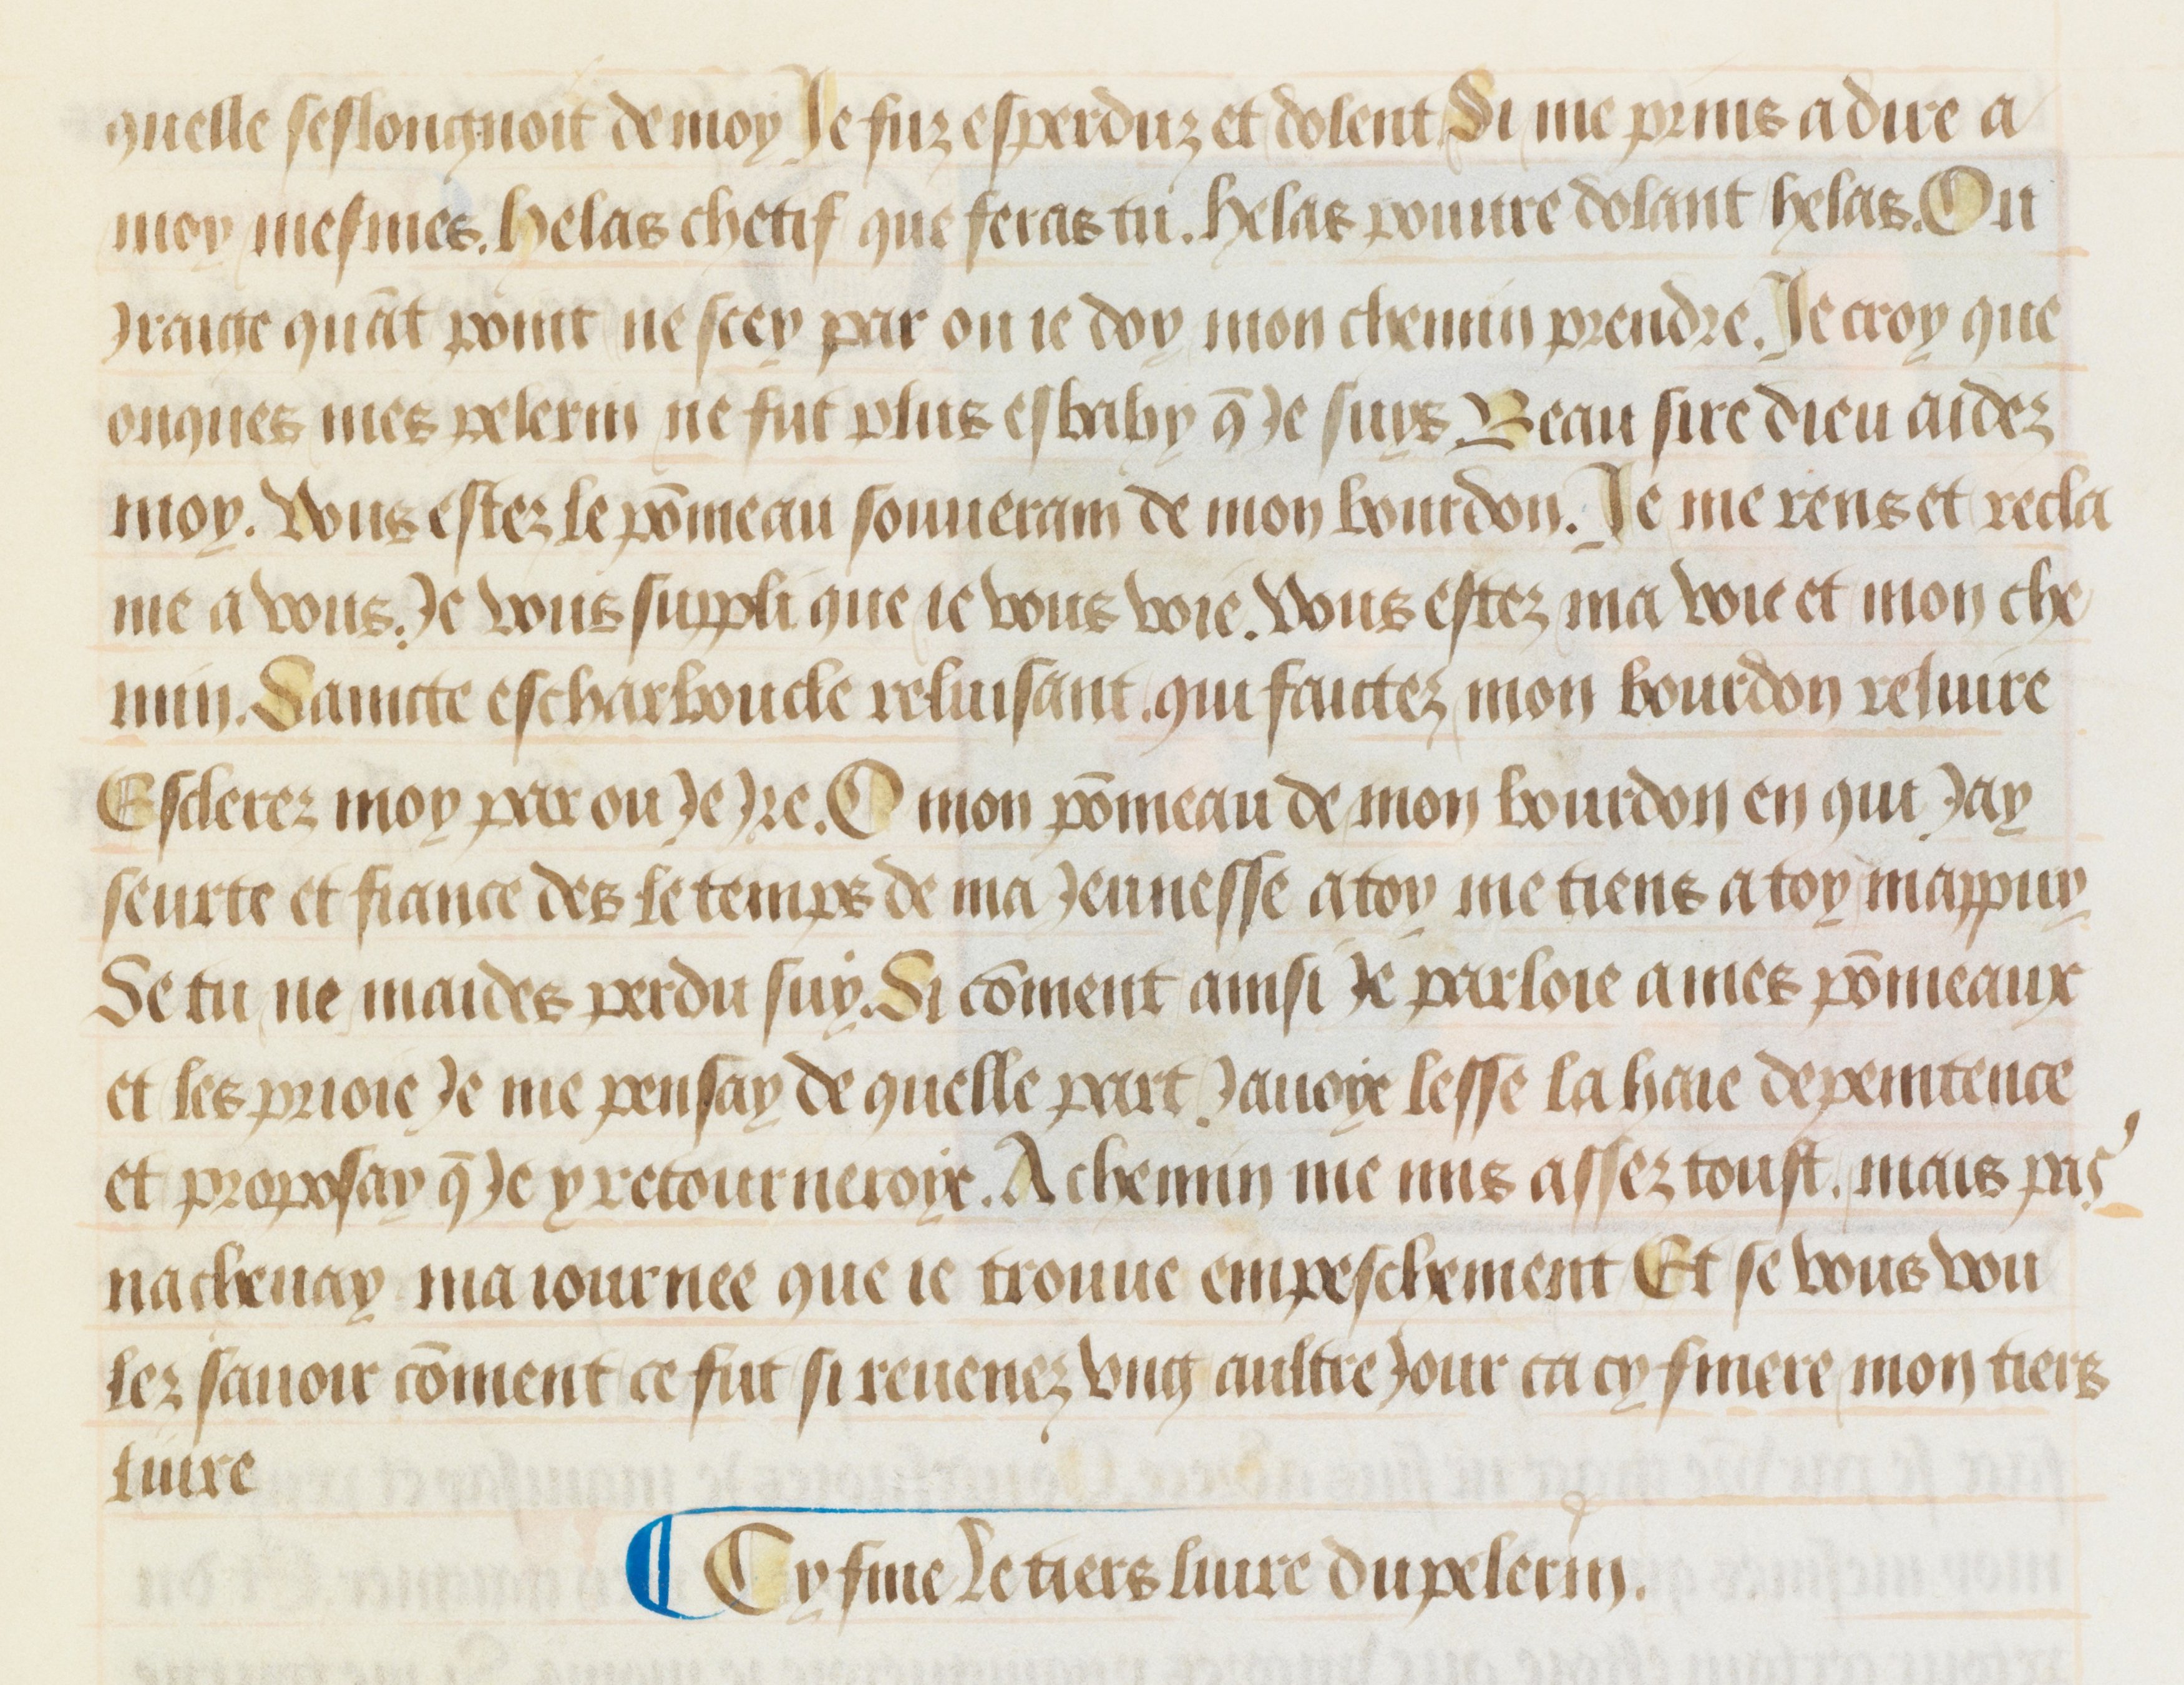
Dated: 1475–1499